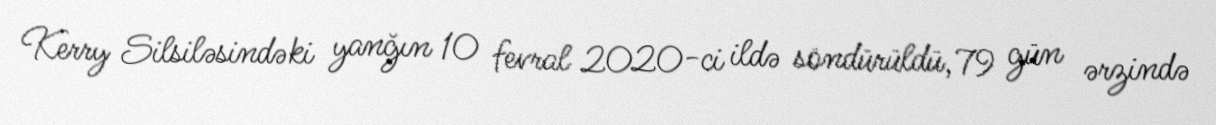
Kerry Silsiləsindəki yanğın 10 fevral 2020-ci ildə söndürüldü, 79 gün ərzində